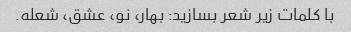
با کلمات زیر شعر بسازید: بهار، نو، عشق، شعله.